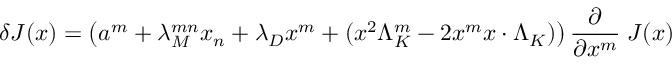
\delta { \cal J } ( x ) = \left( a ^ { m } + \lambda _ { M } ^ { m n } x _ { n } + \lambda _ { D } x ^ { m } + ( x ^ { 2 } \Lambda _ { K } ^ { m } - 2 x ^ { m } x \cdot \Lambda _ { K } ) \right) { \frac { \partial } { \partial x ^ { m } } } \; { \cal J } ( x )